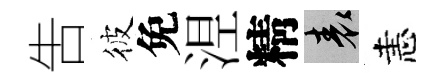
吿彼免𣵀精表恚